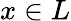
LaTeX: x\in L